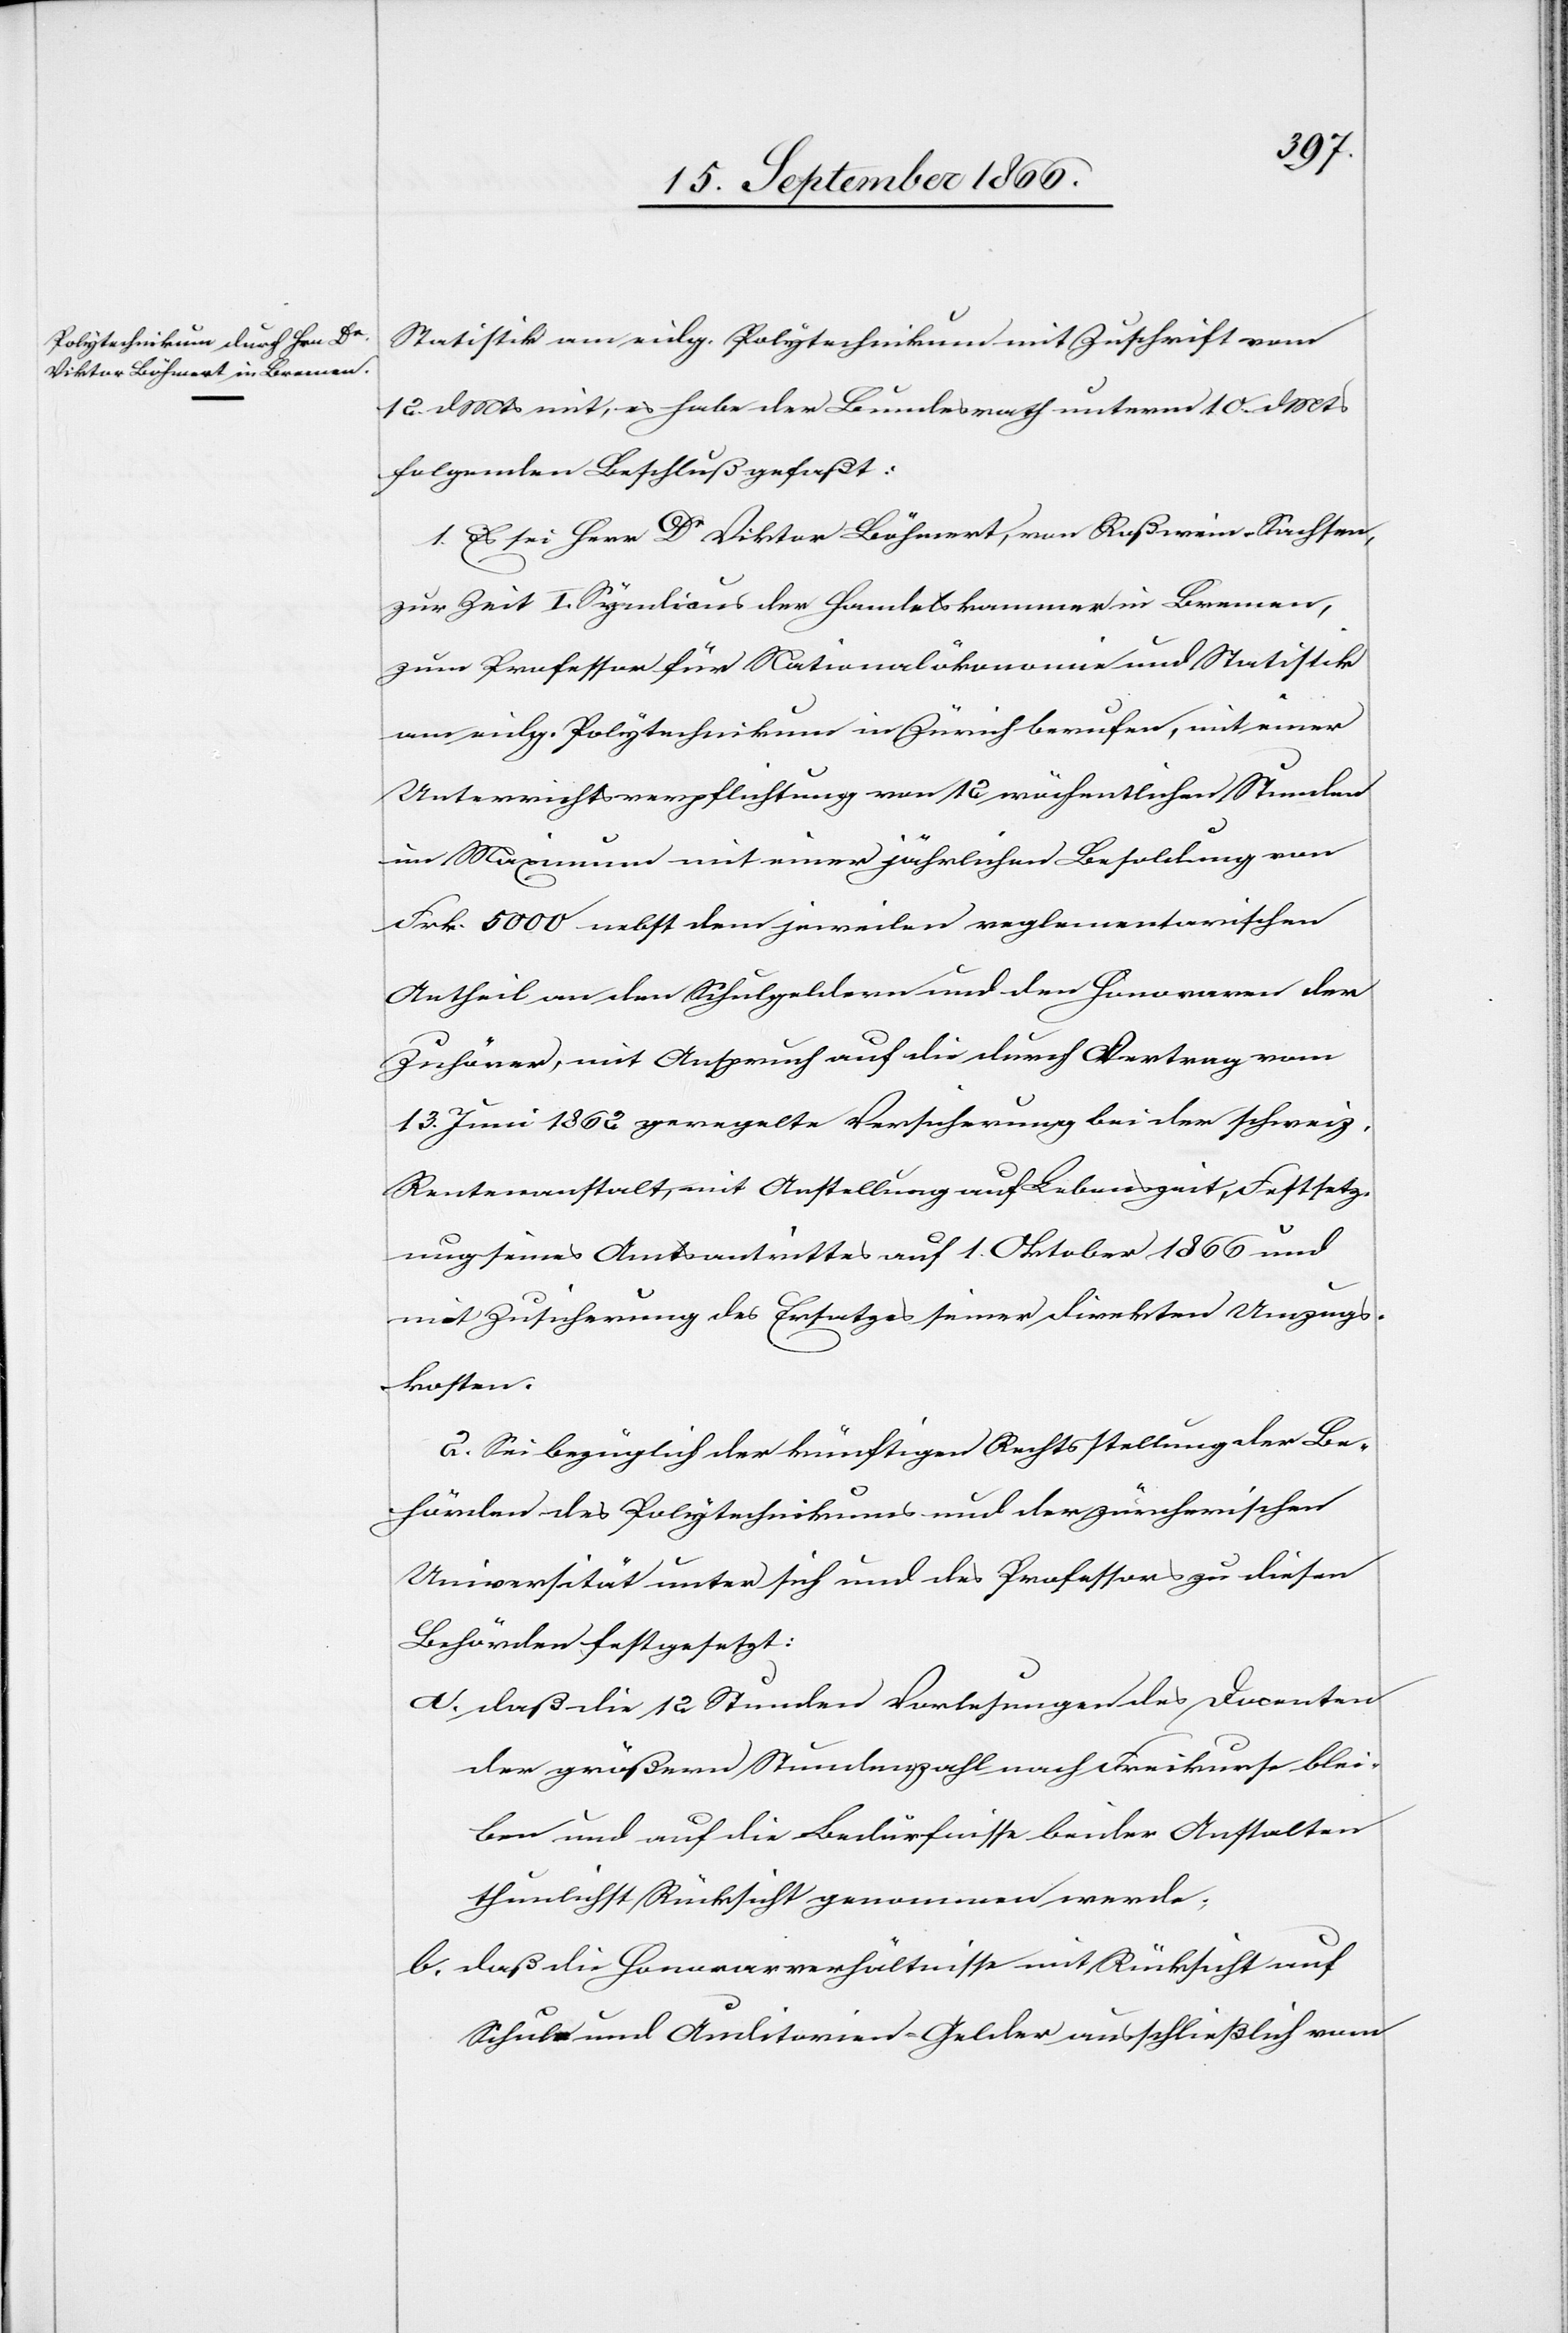
Statistik am eidg. Polytechnikum mit Zuschrift vom
12. dMts mit, es habe der Bundesrath unterm 10. dMts
folgenden Beschluß gefaßt:
1. Es sei Herr Dr Viktor Böhmert, von Roßwein-Sachsen,
zur Zeit I. Syndikus der Handelskammer in Bremen,
zum Professor für Nationalökonomie und Statistik
am eidg. Polytechnikum in Zürich berufen, mit einer
Unterrichtsverpflichtung von 12 wöchentlichen Stunden
im Maximum mit einer jährlichen Besoldung von
Frk. 5000 nebst dem jeweilen reglementarischen
Antheil an den Schulgeldern und den Honoraren der
Zuhörer, mit Anspruch auf die durch Vertrag vom
13. Juni 1862 gemachte Versicherung bei der schweiz.
Rentenanstalt, mit Anstellung auf Lebenszeit, Festsetz¬
ung seines Amtsantritts auf 1. Oktober 1866 und
mit Zusicherung des Ersatzes seiner direkten Umzugs¬
kosten.
2. Sei bezüglich der künftigen Rechtsstellung der Be¬
hörden des Polytechnikums und der zürcherischen
Universität unter sich und des Professors zu diesen
Behörden festgesetzt:
a. daß die 12 Stunden Vorlesungen des Docenten
der größern Stundenzahl nach Freikurse blei¬
ben und auf die Bedürfnisse beider Anstalten
thunlichst Rücksicht genommen werde;
b. daß die Honorarverhältnisse mit Rücksicht auf
Schule und Auditorien-Gelder ausschließlich vom